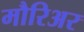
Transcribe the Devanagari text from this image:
मौरिअर